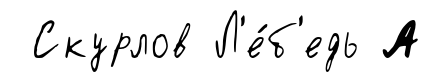
Скурлов Л'е́б'едь А